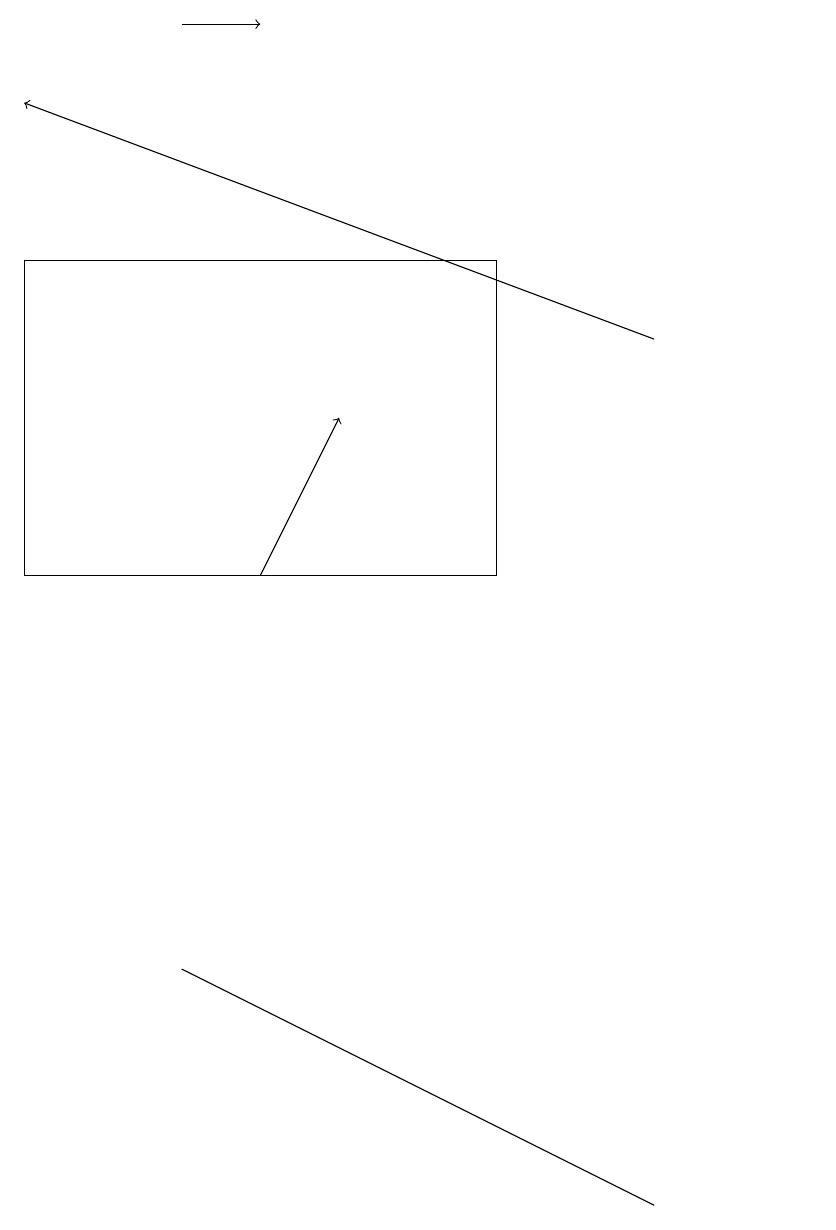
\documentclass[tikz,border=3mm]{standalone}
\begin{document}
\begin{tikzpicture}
\draw (1,10) rectangle (7,14);
\draw (11,10) circle (0);
\draw (1,12) rectangle (1,10);
\draw[->] (3,17) -- (4,17);
\draw (7,3) -- (3,5) -- (9,2) -- cycle;
\draw[->] (9,13) -- (1,16);
\draw[->] (4,10) -- (5,12);
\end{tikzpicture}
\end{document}